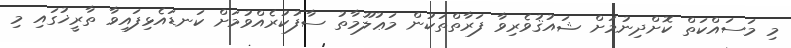
މި މަސައްކަތް ކޮށްދިނުމަށް ޝައުޤުވެރިވާ ފަރާތްތަކުން މަޢުލޫމާތު ސާފުކުރެއްވުމަށް ކަނޑައެޅިފައިވާ ތާރީޚުގައި މި